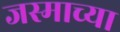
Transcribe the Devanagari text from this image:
जस्माच्या